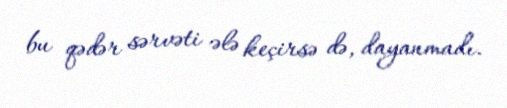
bu qədər sərvəti ələ keçirsə də, dayanmadı.